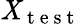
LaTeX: \mathit{X}_{\mathrm{{~t~e~s~t~}}}